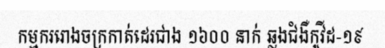
កម្មកររោងចក្រកាត់ដេរជាង ១៦០០ នាក់ ឆ្លងជំងឺកូវីដ-១៩